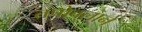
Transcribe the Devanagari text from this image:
तपोबलाने